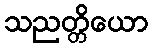
သညတ္တိယော